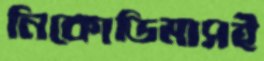
নিকোডিমাসই